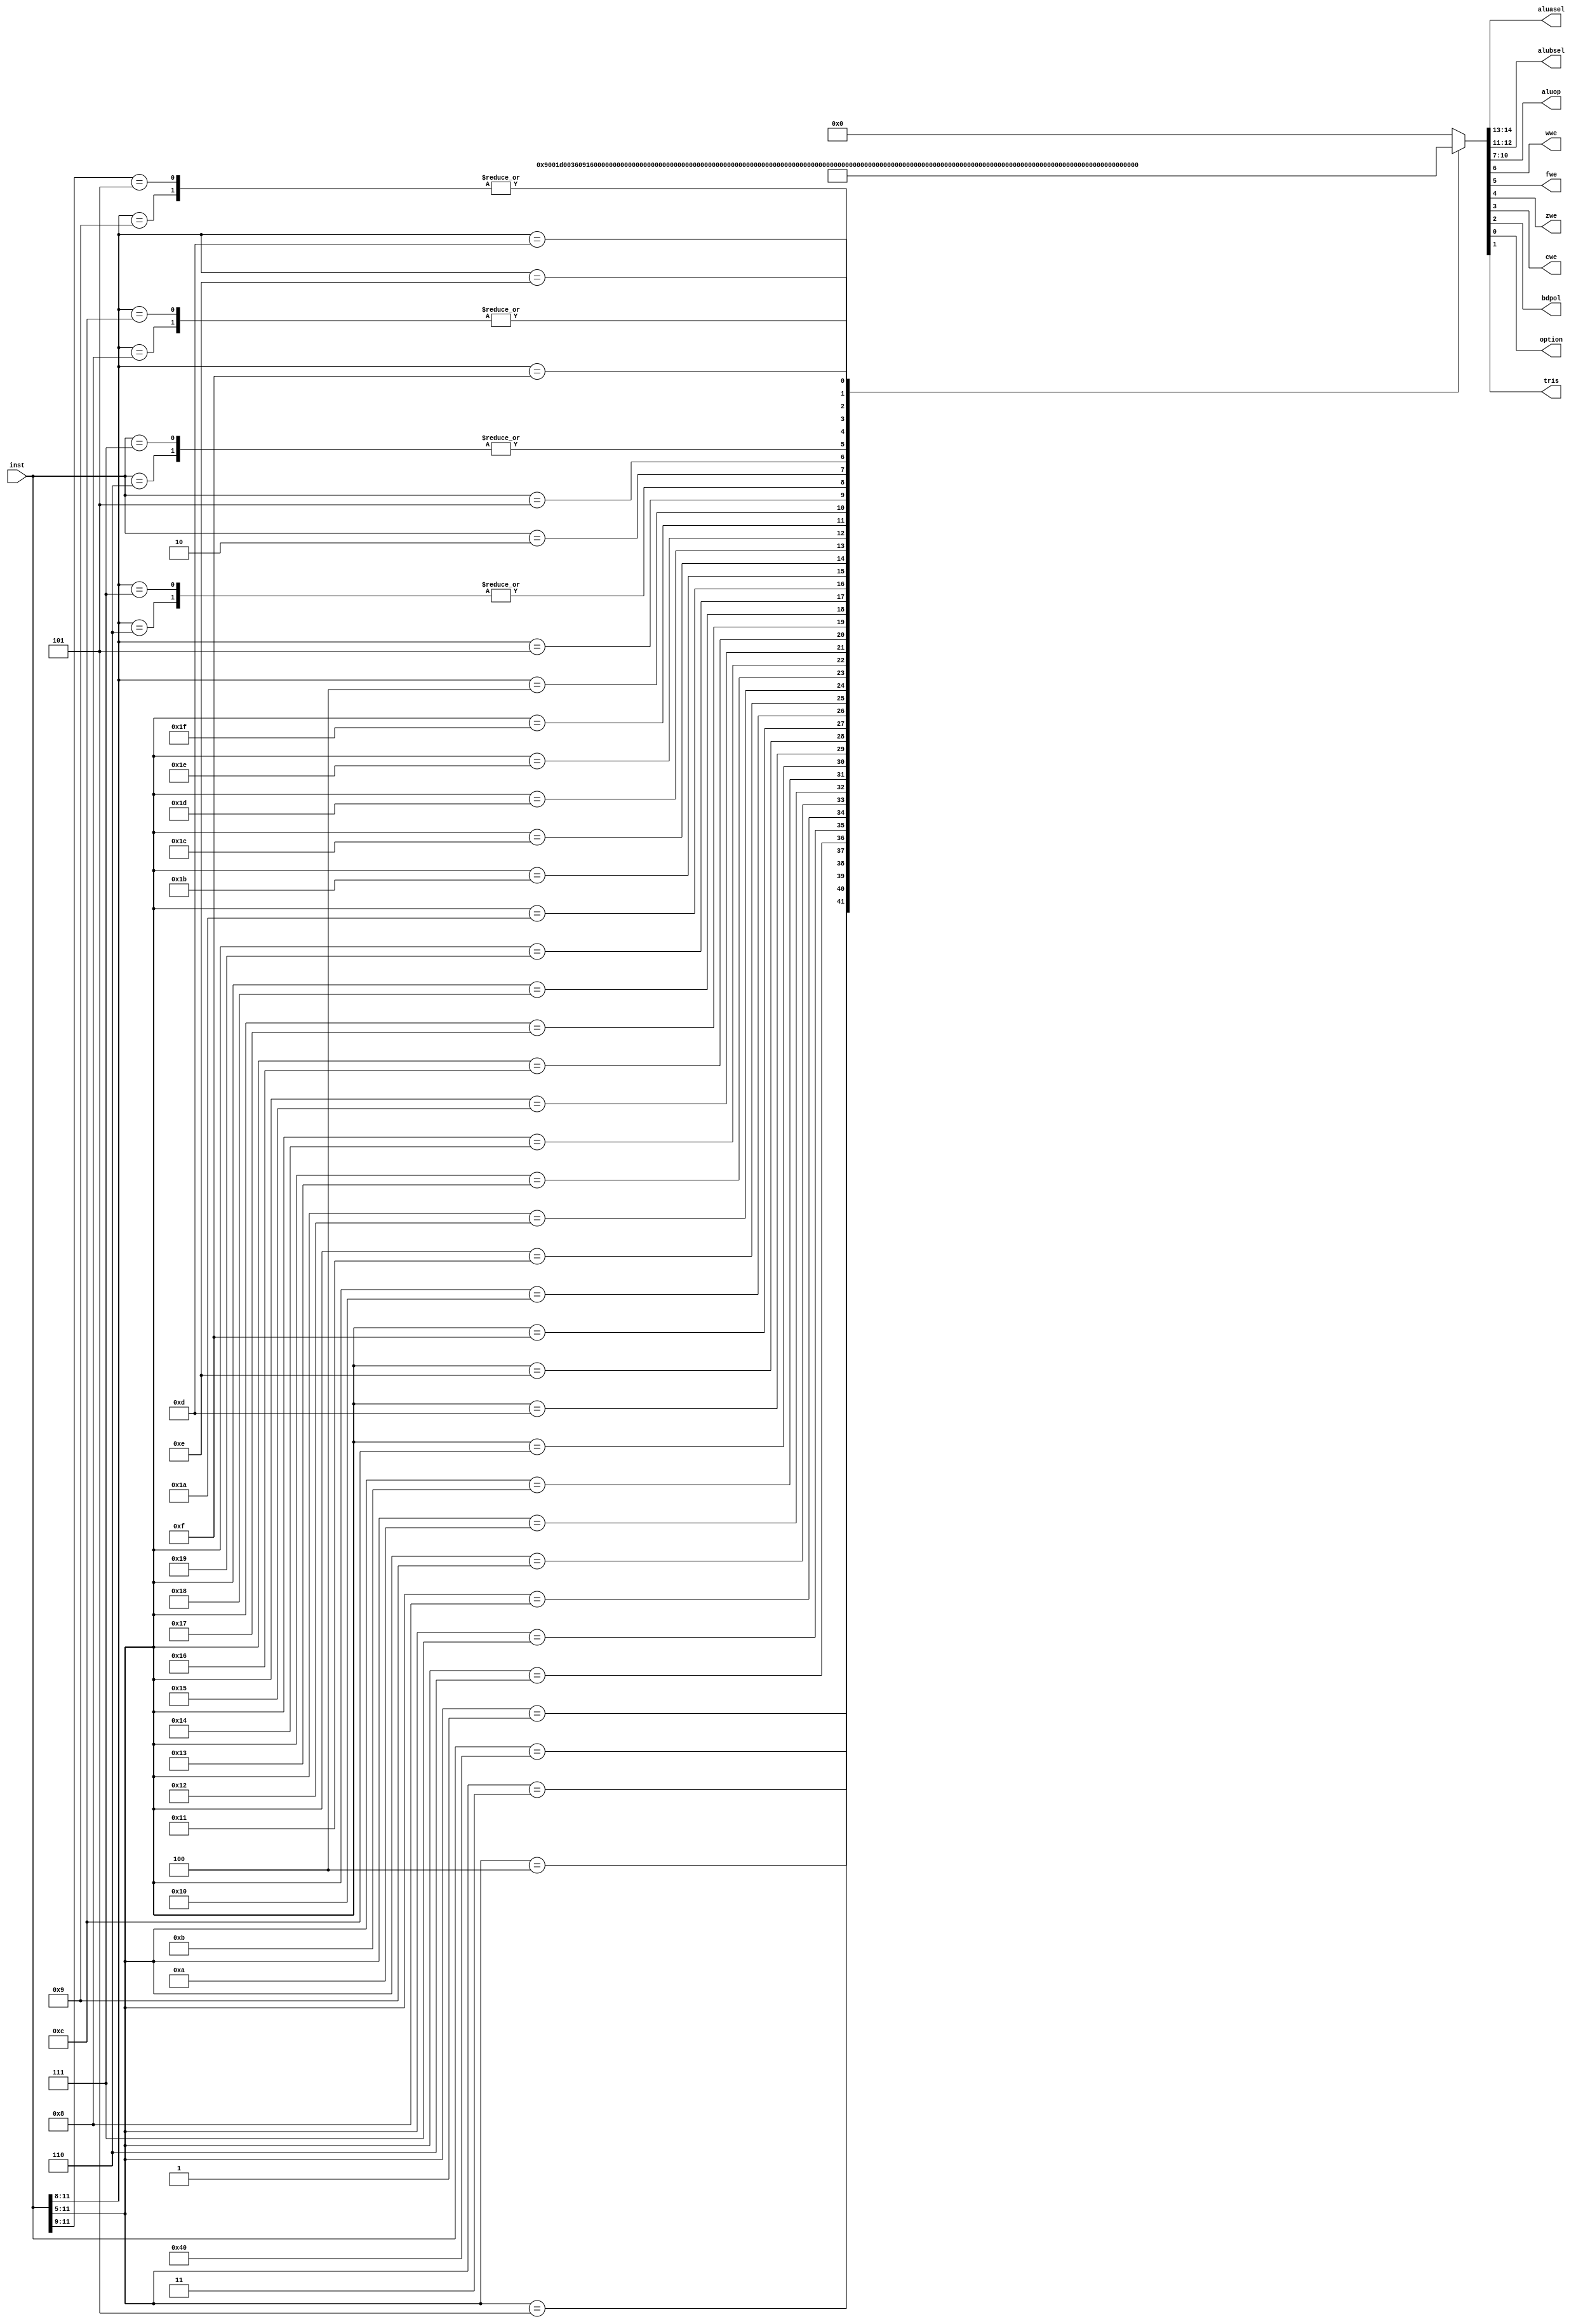
//
// Copyright (c) 1999 Thomas Coonan (tcoonan@mindspring.com)
//
//    This source code is free software; you can redistribute it
//    and/or modify it in source code form under the terms of the GNU
//    General Public License as published by the Free Software
//    Foundation; either version 2 of the License, or (at your option)
//    any later version.
//
//    This program is distributed in the hope that it will be useful,
//    but WITHOUT ANY WARRANTY; without even the implied warranty of
//    MERCHANTABILITY or FITNESS FOR A PARTICULAR PURPOSE.  See the
//    GNU General Public License for more details.
//
//    You should have received a copy of the GNU General Public License
//    along with this program; if not, write to the Free Software
//    Foundation, Inc., 59 Temple Place - Suite 330, Boston, MA 02111-1307, USA
//

module idec (
	inst,
	aluasel,
	alubsel,
	aluop,
	wwe,
	fwe,
	zwe,
	cwe,
	bdpol,
	option,
	tris
);

input  [11:0]	inst;

output [1:0]	aluasel;
output [1:0]	alubsel;
output [3:0]	aluop;
output		wwe;
output		fwe;
output		zwe;
output		cwe;
output		bdpol;
output		option;
output		tris;

reg [14:0] decodes;

// For reference, the ALU Op codes are:
//
//   ADD  0000
//   SUB  1000
//   AND  0001
//   OR   0010
//   XOR  0011
//   COM  0100
//   ROR  0101
//   ROL  0110
//   SWAP 0111

assign {	aluasel,	// Select source for ALU A input. 00=W, 01=SBUS, 10=K, 11=BD
		alubsel,	// Select source for ALU B input. 00=W, 01=SBUS, 10=K, 11="1"
		aluop,		// ALU Operation (see comments above for these codes)
		wwe,		// W register Write Enable
		fwe,		// File Register Write Enable
		zwe,		// Status register Z bit update
		cwe,		// Status register Z bit update
		bdpol,		// Polarity on bit decode vector (0=no inversion, 1=invert)
		tris,		// Instruction is an TRIS instruction
		option		// Instruction is an OPTION instruction
	} = decodes;

// This is a large combinatorial decoder.
// I use the casex statement.

always @(inst) begin
	casex (inst) // synopsys parallel_case
		// *** Byte-Oriented File Register Operations
		//
		//                                 A  A  ALU  W F Z C B T O
		//                                 L  L   O   W W W W D R P
		//                                 U  U   P   E E E E P I T
		//                                 A  B               O S
		//                                                    L
		12'b0000_0000_0000: decodes = 15'b00_00_0000_0_0_0_0_0_0_0; // NOP
		12'b0000_001X_XXXX: decodes = 15'b00_00_0010_0_1_0_0_0_0_0; // MOVWF
		12'b0000_0100_0000: decodes = 15'b00_00_0011_1_0_1_0_0_0_0; // CLRW
		12'b0000_011X_XXXX: decodes = 15'b00_00_0011_0_1_1_0_0_0_0; // CLRF
		12'b0000_100X_XXXX: decodes = 15'b01_00_1000_1_0_1_1_0_0_0; // SUBWF (d=0)
		12'b0000_101X_XXXX: decodes = 15'b01_00_1000_0_1_1_1_0_0_0; // SUBWF (d=1)
		12'b0000_110X_XXXX: decodes = 15'b01_11_1000_1_0_1_0_0_0_0; // DECF  (d=0)
		12'b0000_111X_XXXX: decodes = 15'b01_11_1000_0_1_1_0_0_0_0; // DECF  (d=1)
		12'b0001_000X_XXXX: decodes = 15'b00_01_0010_1_0_1_0_0_0_0; // IORWF (d=0)
		12'b0001_001X_XXXX: decodes = 15'b00_01_0010_0_1_1_0_0_0_0; // IORWF (d=1)
		12'b0001_010X_XXXX: decodes = 15'b00_01_0001_1_0_1_0_0_0_0; // ANDWF (d=0)
		12'b0001_011X_XXXX: decodes = 15'b00_01_0001_0_1_1_0_0_0_0; // ANDWF (d=1)
		12'b0001_100X_XXXX: decodes = 15'b00_01_0011_1_0_1_0_0_0_0; // XORWF (d=0)
		12'b0001_101X_XXXX: decodes = 15'b00_01_0011_0_1_1_0_0_0_0; // XORWF (d=1)
		12'b0001_110X_XXXX: decodes = 15'b00_01_0000_1_0_1_1_0_0_0; // ADDWF (d=0)
		12'b0001_111X_XXXX: decodes = 15'b00_01_0000_0_1_1_1_0_0_0; // ADDWF (d=1)
		12'b0010_000X_XXXX: decodes = 15'b01_01_0010_1_0_1_0_0_0_0; // MOVF  (d=0)
		12'b0010_001X_XXXX: decodes = 15'b01_01_0010_0_1_1_0_0_0_0; // MOVF  (d=1)
		12'b0010_010X_XXXX: decodes = 15'b01_01_0100_1_0_1_0_0_0_0; // COMF  (d=0)
		12'b0010_011X_XXXX: decodes = 15'b01_01_0100_0_1_1_0_0_0_0; // COMF  (d=1)
		12'b0010_100X_XXXX: decodes = 15'b01_11_0000_1_0_1_0_0_0_0; // INCF  (d=0)
		12'b0010_101X_XXXX: decodes = 15'b01_11_0000_0_1_1_0_0_0_0; // INCF  (d=1)
		12'b0010_110X_XXXX: decodes = 15'b01_11_1000_1_0_0_0_0_0_0; // DECFSZ(d=0)
		12'b0010_111X_XXXX: decodes = 15'b01_11_1000_0_1_0_0_0_0_0; // DECFSZ(d=1)
		12'b0011_000X_XXXX: decodes = 15'b01_01_0101_1_0_0_1_0_0_0; // RRF   (d=0)
		12'b0011_001X_XXXX: decodes = 15'b01_01_0101_0_1_0_1_0_0_0; // RRF   (d=1)
		12'b0011_010X_XXXX: decodes = 15'b01_01_0110_1_0_0_1_0_0_0; // RLF   (d=0)
		12'b0011_011X_XXXX: decodes = 15'b01_01_0110_0_1_0_1_0_0_0; // RLF   (d=1)
		12'b0011_100X_XXXX: decodes = 15'b01_01_0111_1_0_0_0_0_0_0; // SWAPF (d=0)
		12'b0011_101X_XXXX: decodes = 15'b01_01_0111_0_1_0_0_0_0_0; // SWAPF (d=1)
		12'b0011_110X_XXXX: decodes = 15'b01_11_0000_1_0_0_0_0_0_0; // INCFSZ(d=0)
		12'b0011_111X_XXXX: decodes = 15'b01_11_0000_0_1_0_0_0_0_0; // INCFSZ(d=1)

		// *** Bit-Oriented File Register Operations
                //
		//                                 A  A  ALU  W F Z C B T O
		//                                 L  L   O   W W W W D R P
		//                                 U  U   P   E E E E P I T
		//                                 A  B               O S
		//                                                    L
		12'b0100_XXXX_XXXX: decodes = 15'b11_01_0001_0_1_0_0_1_0_0; // BCF
		12'b0101_XXXX_XXXX: decodes = 15'b11_01_0010_0_1_0_0_0_0_0; // BSF
		12'b0110_XXXX_XXXX: decodes = 15'b11_01_0001_0_0_0_0_0_0_0; // BTFSC
		12'b0111_XXXX_XXXX: decodes = 15'b11_01_0001_0_0_0_0_0_0_0; // BTFSS

		// *** Literal and Control Operations
                //
		//                                 A  A  ALU  W F Z C B T O
		//                                 L  L   O   W W W W D R P
		//                                 U  U   P   E E E E P I T
		//                                 A  B               O S
		//                                                    L
		12'b0000_0000_0010: decodes = 15'b00_00_0010_0_1_0_0_0_0_1; // OPTION
		12'b0000_0000_0011: decodes = 15'b00_00_0000_0_0_0_0_0_0_0; // SLEEP
		12'b0000_0000_0100: decodes = 15'b00_00_0000_0_0_0_0_0_0_0; // CLRWDT
		12'b0000_0000_0101: decodes = 15'b00_00_0000_0_1_0_0_0_1_0; // TRIS 5
		12'b0000_0000_0110: decodes = 15'b00_00_0010_0_1_0_0_0_1_0; // TRIS 6
		12'b0000_0000_0111: decodes = 15'b00_00_0010_0_1_0_0_0_1_0; // TRIS 7
                //
		//                                 A  A  ALU  W F Z C B T O
		//                                 L  L   O   W W W W D R P
		//                                 U  U   P   E E E E P I T
		//                                 A  B               O S
		//                                                    L
		12'b1000_XXXX_XXXX: decodes = 15'b10_10_0010_1_0_0_0_0_0_0; // RETLW
		12'b1001_XXXX_XXXX: decodes = 15'b10_10_0010_0_0_0_0_0_0_0; // CALL
		12'b101X_XXXX_XXXX: decodes = 15'b10_10_0010_0_0_0_0_0_0_0; // GOTO
		12'b1100_XXXX_XXXX: decodes = 15'b10_10_0010_1_0_0_0_0_0_0; // MOVLW
		12'b1101_XXXX_XXXX: decodes = 15'b00_10_0010_1_0_1_0_0_0_0; // IORLW
		12'b1110_XXXX_XXXX: decodes = 15'b00_10_0001_1_0_1_0_0_0_0; // ANDLW
		12'b1111_XXXX_XXXX: decodes = 15'b00_10_0011_1_0_1_0_0_0_0; // XORLW

		default:
			decodes = 15'b00_00_0000_0_0_0_0_0_0_0;
	endcase
end

endmodule